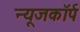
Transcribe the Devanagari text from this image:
न्यूजकॉर्प